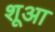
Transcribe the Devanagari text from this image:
शूआ